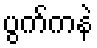
ပွက်ကနဲ